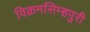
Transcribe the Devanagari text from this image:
विक्रमसिम्‍हपुरी